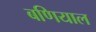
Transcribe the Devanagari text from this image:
बणियाल